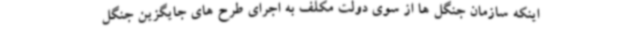
اینکه سازمان جنگل ها از سوی دولت مکلف به اجرای طرح های جایگزین جنگل